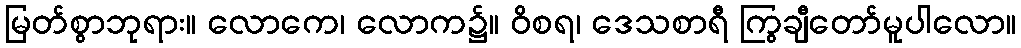
မြတ်စွာဘုရား။ လောကေ၊ လောက၌။ ဝိစရ၊ ဒေသစာရီ ကြွချီတော်မူပါလော။